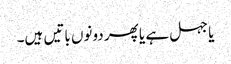
یا جہل ہے یا پھر دونوں باتیں ہیں۔